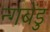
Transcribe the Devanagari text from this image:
न्गबेंडु